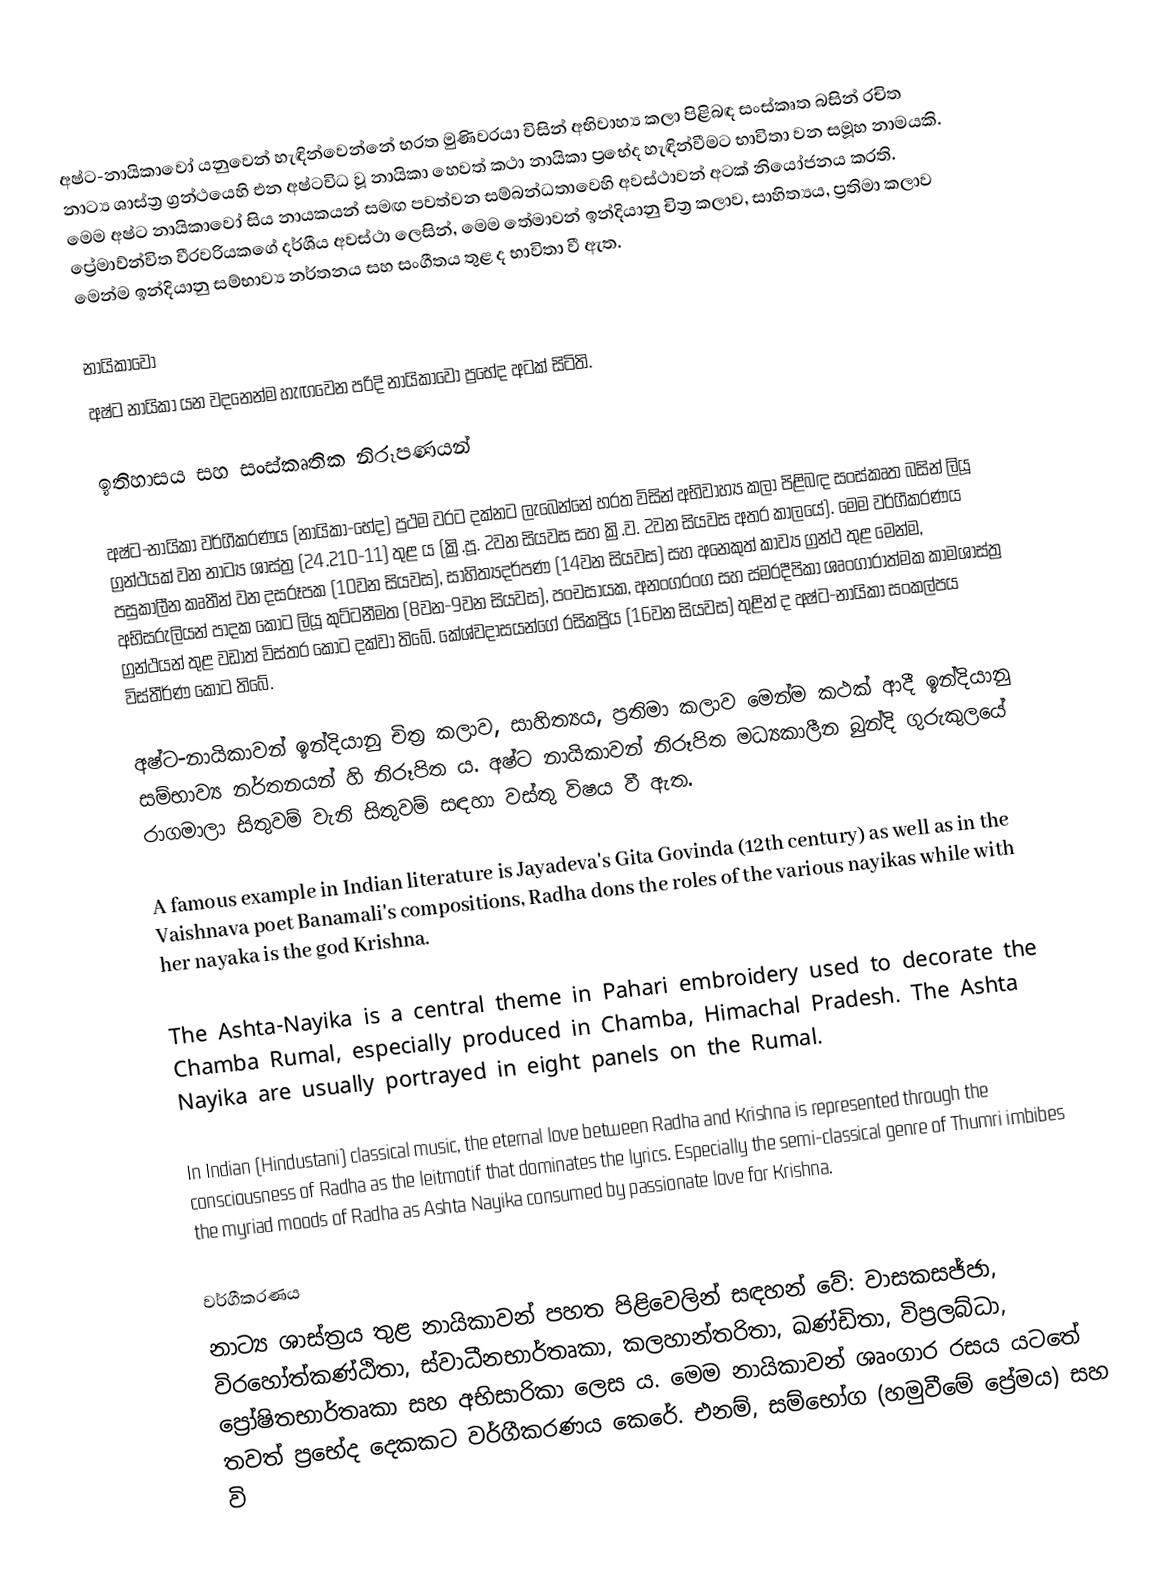
අෂ්ට-නායිකාවෝ යනුවෙන් හැඳින්වෙන්නේ භරත මුණිවරයා විසින් අභිවාහ්‍ය කලා පිළිබඳ සංස්කෘත බසින් රචිත නාට්‍ය ශාස්ත්‍ර ග්‍රන්ථයෙහි එන අෂ්ටවිධ වූ නායිකා හෙවත් කථා නායිකා ප්‍රභේද හැඳින්වීමට භාවිතා වන සමූහ නාමයකි. මෙම අෂ්ට නායිකාවෝ සිය නායකයන් සමඟ පවත්වන සම්බන්ධතාවෙහි අවස්ථාවන් අටක් නියෝජනය කරති. ප්‍රේමාව්න්විත වීරවරියකගේ දර්ශීය අවස්ථා ලෙසින්, මෙම තේමාවන් ඉන්දියානු චිත්‍ර කලාව, සාහිත්‍යය, ප්‍රතිමා කලාව මෙන්ම ඉන්දියානු සම්භාව්‍ය නර්තනය සහ සංගීතය තුළ ද භාවිතා වී ඇත.

නායිකාවෝ
අෂ්ට නායිකා යන වදනෙන්ම හැඟවෙන පරිදි නායිකාවෝ ප්‍රභේද අටක් සිටිති.

ඉතිහාසය සහ සංස්කෘතික නිරූපණයන්

අෂ්ට-නායිකා වර්ගීකරණය (නායිකා-භේද) ප්‍රථම වරට දක්නට ලැබෙන්නේ භරත විසින් අභිවාහ්‍ය කලා පිළිබඳ සංස්කෘත බසින් ලියූ ග්‍රන්ථයක් වන නාට්‍ය ශාස්ත්‍ර (24.210-11) තුළ ය (ක්‍රි.පූ. 2වන සියවස සහ ක්‍රි.ව. 2වන සියවස අතර කාලයේ). මෙම වර්ගීකරණය පසුකාලීන කෘතීන් වන දසරූපක (10වන සියවස), සාහිත්‍යදර්පණ (14වන සියවස) සහ අනෙකුත් කාව්‍ය ග්‍රන්ථ තුළ මෙන්ම, අභිසරුලියන් පාදක කොට ලියූ කුට්ටනීමත (8වන-9වන සියවස), පංචසායක, අනංගරංග සහ ස්මරදීපිකා ශෘංගාරාත්මක කාමශාස්ත්‍ර ග්‍රන්ථයන් තුළ වඩාත් විස්තර කොට දක්වා තිබේ. කේශ්වදාසයන්ගේ රසිකප්‍රිය (16වන සියවස) තුළින් ද අෂ්ට-නායිකා සංකල්පය විස්තීර්ණ කොට තිබේ.

අෂ්ට-නායිකාවන් ඉන්දියානු චිත්‍ර කලාව, සාහිත්‍යය, ප්‍රතිමා කලාව මෙන්ම කථක් ආදී ඉන්දියානු සම්භාව්‍ය නර්තනයන් හි නිරූපිත ය. අෂ්ට නායිකාවන් නිරූපිත මධ්‍යකාලීන බුන්දි ගුරුකුලයේ රාගමාලා සිතුවම් වැනි සිතුවම් සඳහා වස්තු විෂය වී ඇත.

A famous example in Indian literature is Jayadeva's Gita Govinda (12th century) as well as in the Vaishnava poet Banamali's compositions, Radha dons the roles of the various nayikas while with her nayaka is the god Krishna.

The Ashta-Nayika is a central theme in Pahari embroidery used to decorate the Chamba Rumal, especially produced in Chamba, Himachal Pradesh. The Ashta Nayika are usually portrayed in eight panels on the Rumal.

In Indian (Hindustani) classical music, the eternal love between Radha and Krishna is represented through the consciousness of Radha as the leitmotif that dominates the lyrics. Especially the semi-classical genre of Thumri imbibes the myriad moods of Radha as Ashta Nayika consumed by passionate love for Krishna.

වර්ගීකරණය
නාට්‍ය ශාස්ත්‍රය තුළ නායිකාවන් පහත පිළිවෙලින් සඳහන් වේ: වාසකසජ්ජා, විරහෝත්කණ්ඨිතා, ස්වාධීනභාර්තෘකා, කලහාන්තරිතා, ඛණ්ඩිතා, විප්‍රලබ්ධා, ප්‍රෝෂිතභාර්තෘකා සහ අභිසාරිකා ලෙස ය. මෙම නායිකාවන් ශෘංගාර රසය යටතේ තවත් ප්‍රභේද දෙකකට වර්ගීකරණය කෙරේ. එනම්, සම්භෝග (හමුවීමේ ප්‍රේමය) සහ වි